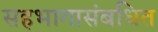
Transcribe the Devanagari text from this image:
सहभागासंबधित